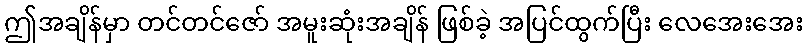
ဤအချိန်မှာ တင်တင်ဇော် အမူးဆုံးအချိန် ဖြစ်ခဲ့ အပြင်ထွက်ပြီး လေအေးအေး